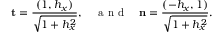
\mathbf { t } = \frac { ( 1 , h _ { x } ) } { \sqrt { 1 + h _ { x } ^ { 2 } } } , \quad \textrm { a n d } \quad \mathbf { n } = \frac { ( - h _ { x } , 1 ) } { \sqrt { 1 + h _ { x } ^ { 2 } } } .